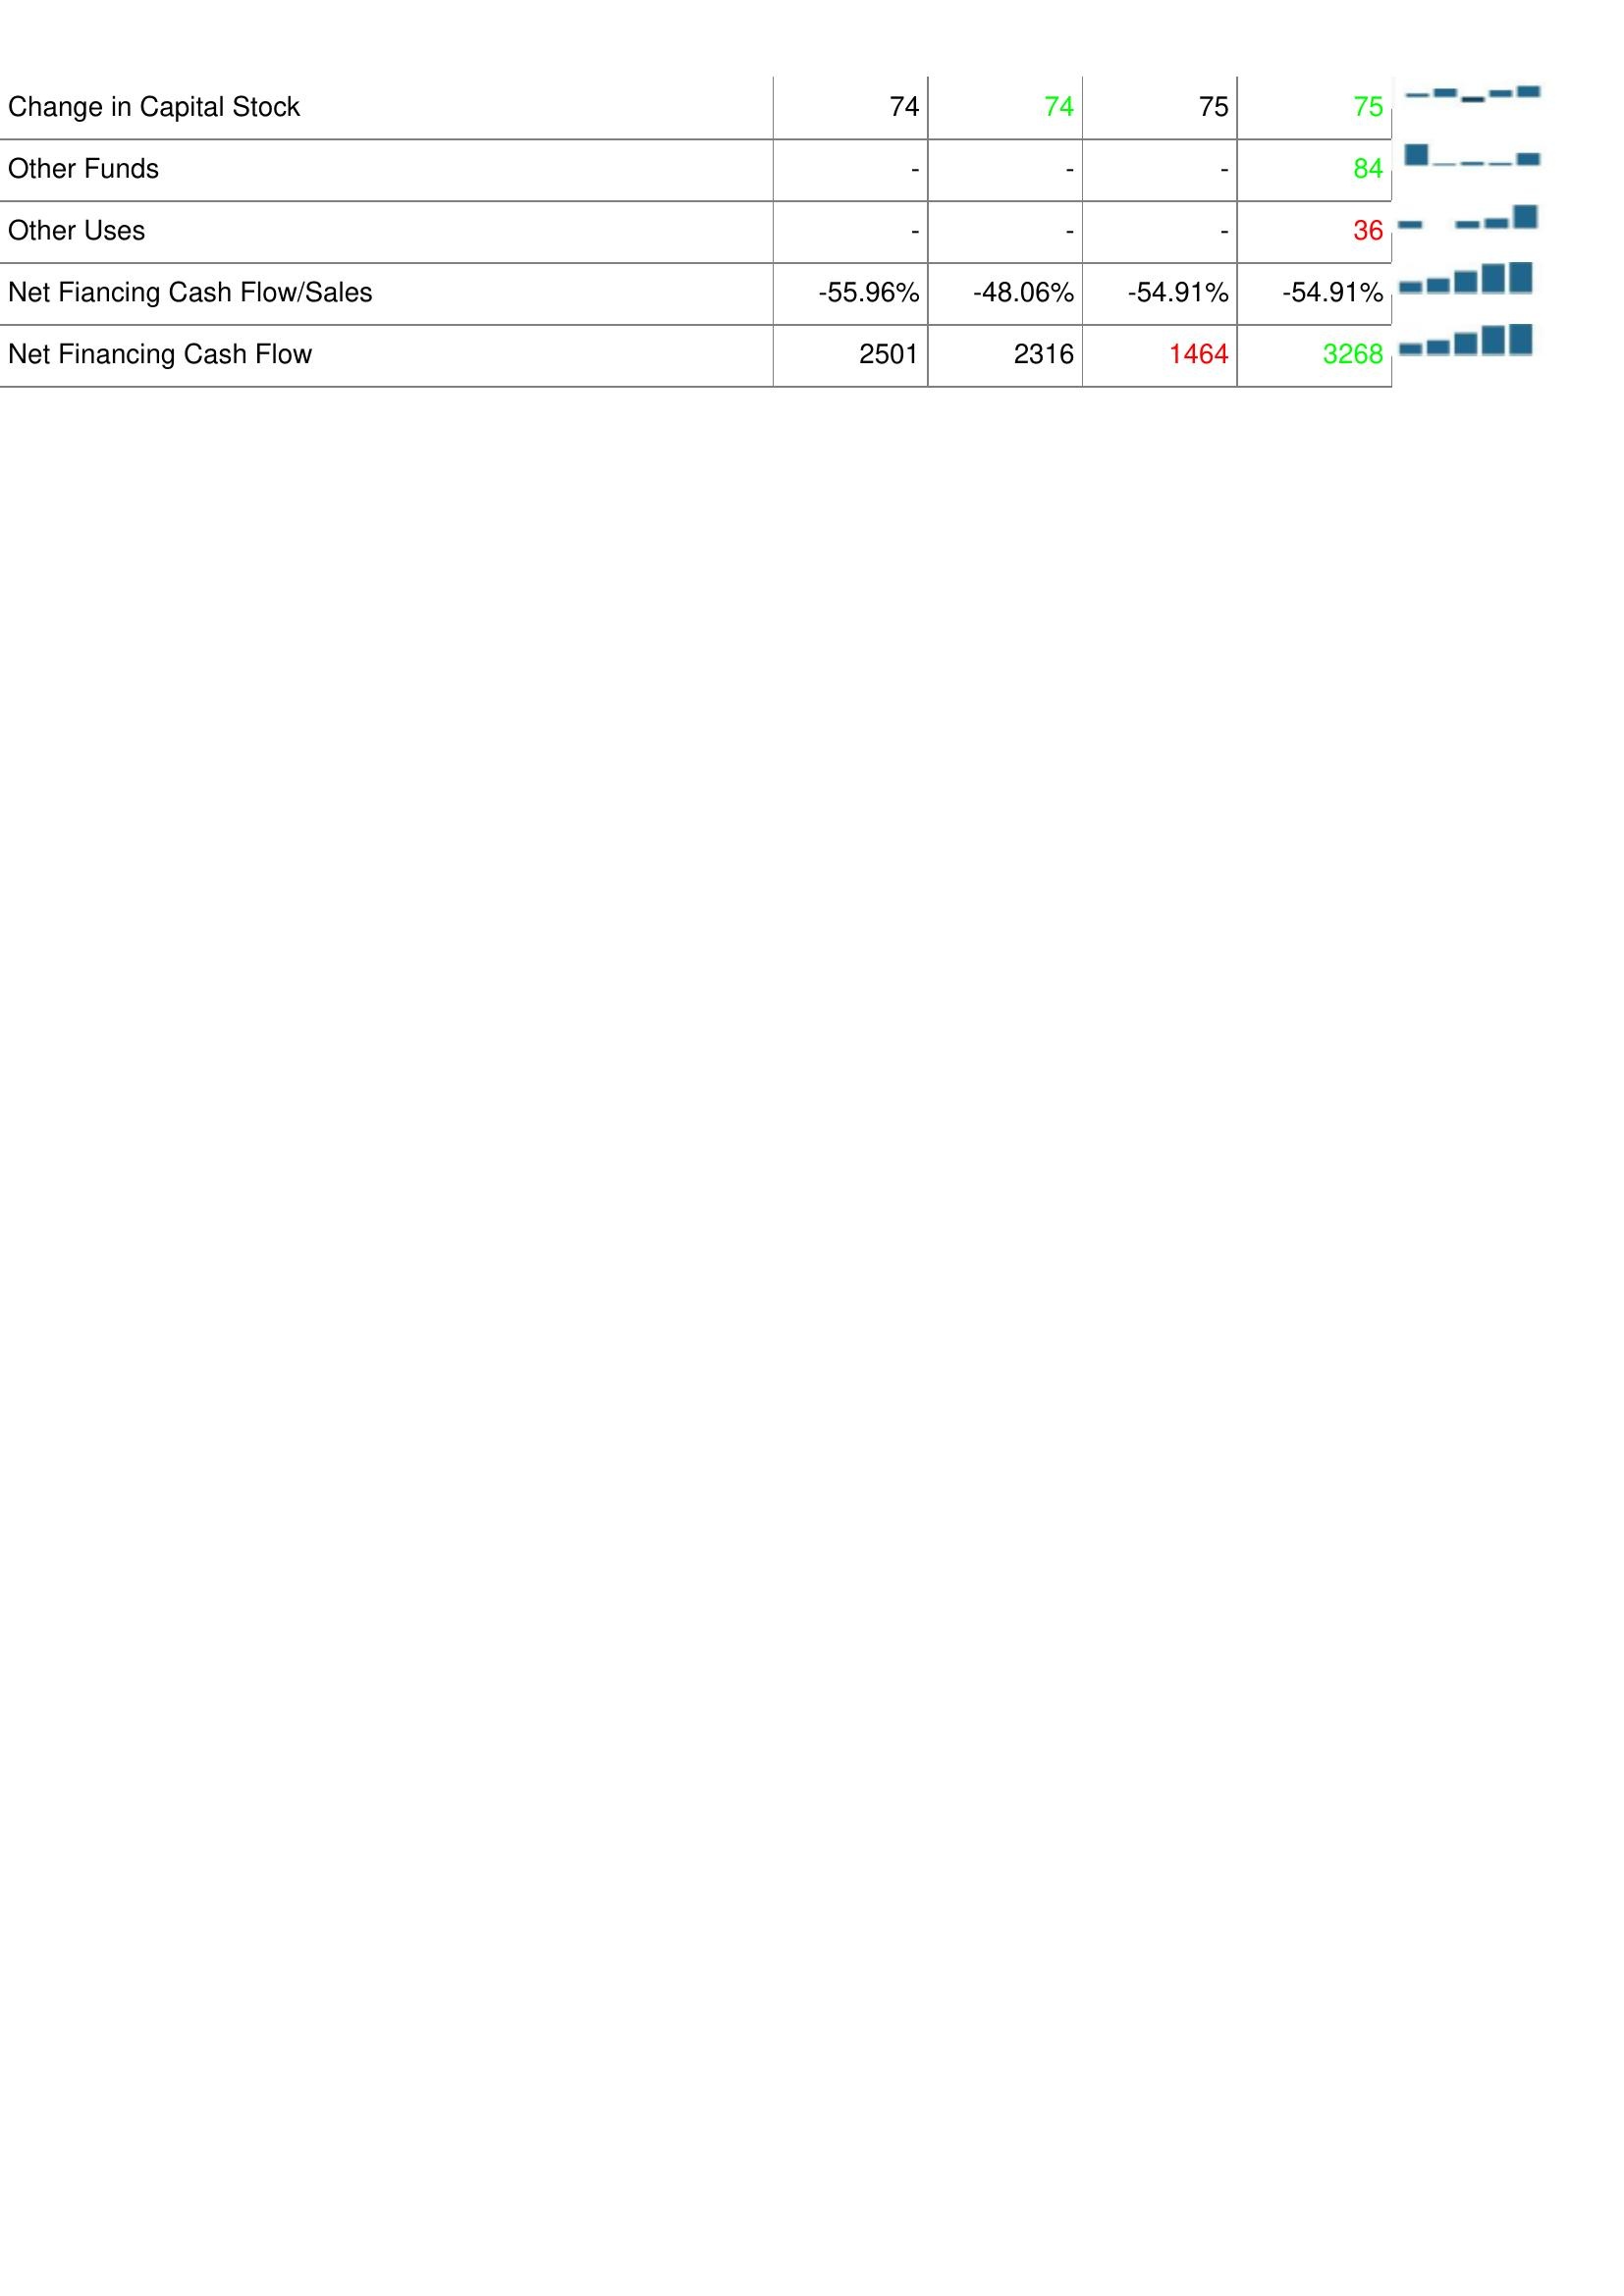
2019: Financing Activities: Change in Capital Stock: 74
Other Funds: -
Other Uses: -
Net Fiancing Cash Flow/Sales: -55.96%
Net Financing Cash Flow: 2501
2020: Financing Activities: Change in Capital Stock: 74
Other Funds: -
Other Uses: -
Net Fiancing Cash Flow/Sales: -48.06%
Net Financing Cash Flow: 2316
2021: Financing Activities: Change in Capital Stock: 75
Other Funds: -
Other Uses: -
Net Fiancing Cash Flow/Sales: -54.91%
Net Financing Cash Flow: 1464
2022: Financing Activities: Change in Capital Stock: 75
Other Funds: 84
Other Uses: 36
Net Fiancing Cash Flow/Sales: -54.91%
Net Financing Cash Flow: 3268